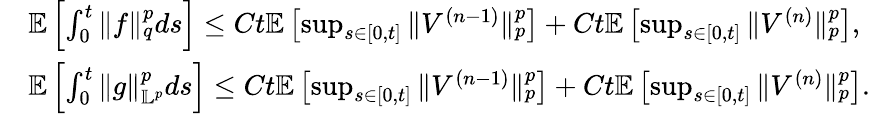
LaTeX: \begin{array}{rl}&{\mathbb E\left[\int_{0}^{t}\| f\| _{q}^{p}ds\right]\leq Ct\mathbb E\left[\operatorname*{sup}_{s\in[0,t]}\| V^{(n-1)}\| _{p}^{p}\right]+Ct\mathbb E\left[\operatorname*{sup}_{s\in[0,t]}\| V^{(n)}\| _{p}^{p}\right],}\\ &{\mathbb E\left[\int_{0}^{t}\| g\| _{\mathbb L^{p}}^{p}ds\right]\leq Ct\mathbb E\left[\operatorname*{sup}_{s\in[0,t]}\| V^{(n-1)}\| _{p}^{p}\right]+Ct\mathbb E\left[\operatorname*{sup}_{s\in[0,t]}\| V^{(n)}\| _{p}^{p}\right].}\end{array}